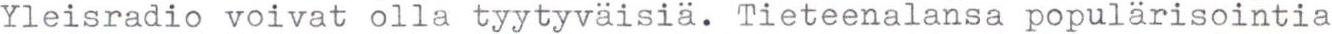
Yleisradio voivat olla tyytyväisiä. Tieteenalansa popularisointia